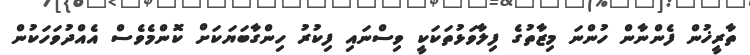
ތާރީޚުން ފެންނާން ހުންނަ މިޒާތުގެ ފިލާވަޅުތަކަކީ ވިސްނައި ފިކުރު ހިންގާބަޔަކަށް ކޮންމެވެސް އެއްދުވަހަކުން